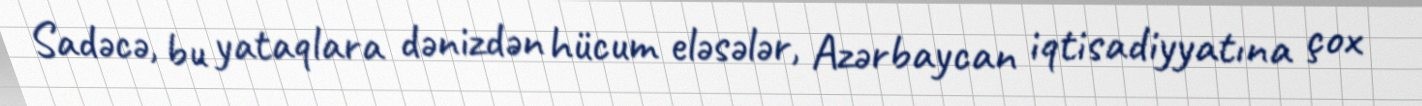
Sadəcə, bu yataqlara dənizdən hücum eləsələr, Azərbaycan iqtisadiyyatına çox